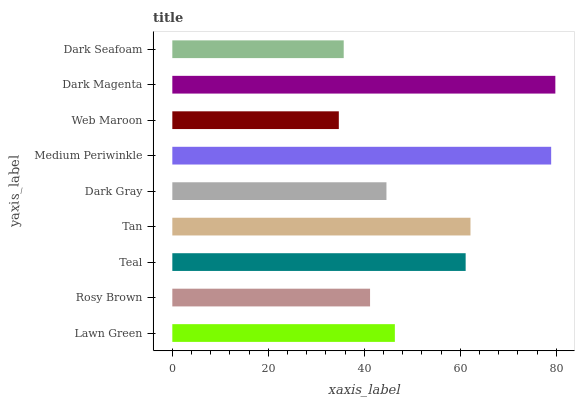
| yaxis_label | bars |
 | --- | --- |
 | Lawn Green | 46.4 |
 | Rosy Brown | 41.2 |
 | Teal | 61.1 |
 | Tan | 62.1 |
 | Dark Gray | 44.6 |
 | Medium Periwinkle | 78.9 |
 | Web Maroon | 34.7 |
 | Dark Magenta | 79.8 |
 | Dark Seafoam | 35.7 |